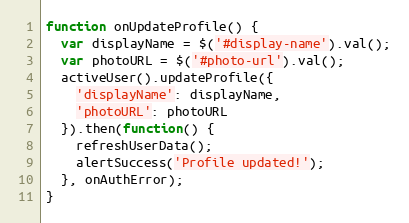
Language: JavaScript
function onUpdateProfile() {
  var displayName = $('#display-name').val();
  var photoURL = $('#photo-url').val();
  activeUser().updateProfile({
    'displayName': displayName,
    'photoURL': photoURL
  }).then(function() {
    refreshUserData();
    alertSuccess('Profile updated!');
  }, onAuthError);
}